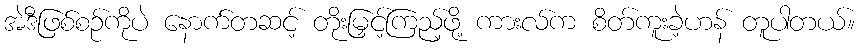
အဲဒီဖြစ်စဉ်ကိုပဲ နောက်တဆင့် တိုးမြှင့်ကြည့်ဖို့ ကားလ်က စိတ်ကူးခဲ့ဟန် တူပါတယ်။